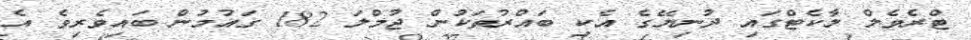
ޓްރެވެލް މާކެޓްގައި ދުނިޔޭގެ އެކި ބައްރުތަކުން ޖުމްލަ 182 ގައުމުން ބައިވެރިވެ އެ